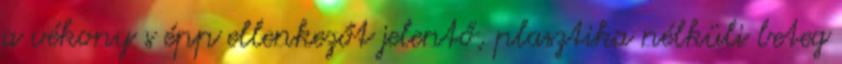
a vékony s épp ellenkezőt jelentő, plasztika nélküli beteg